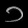
Digit: ၁